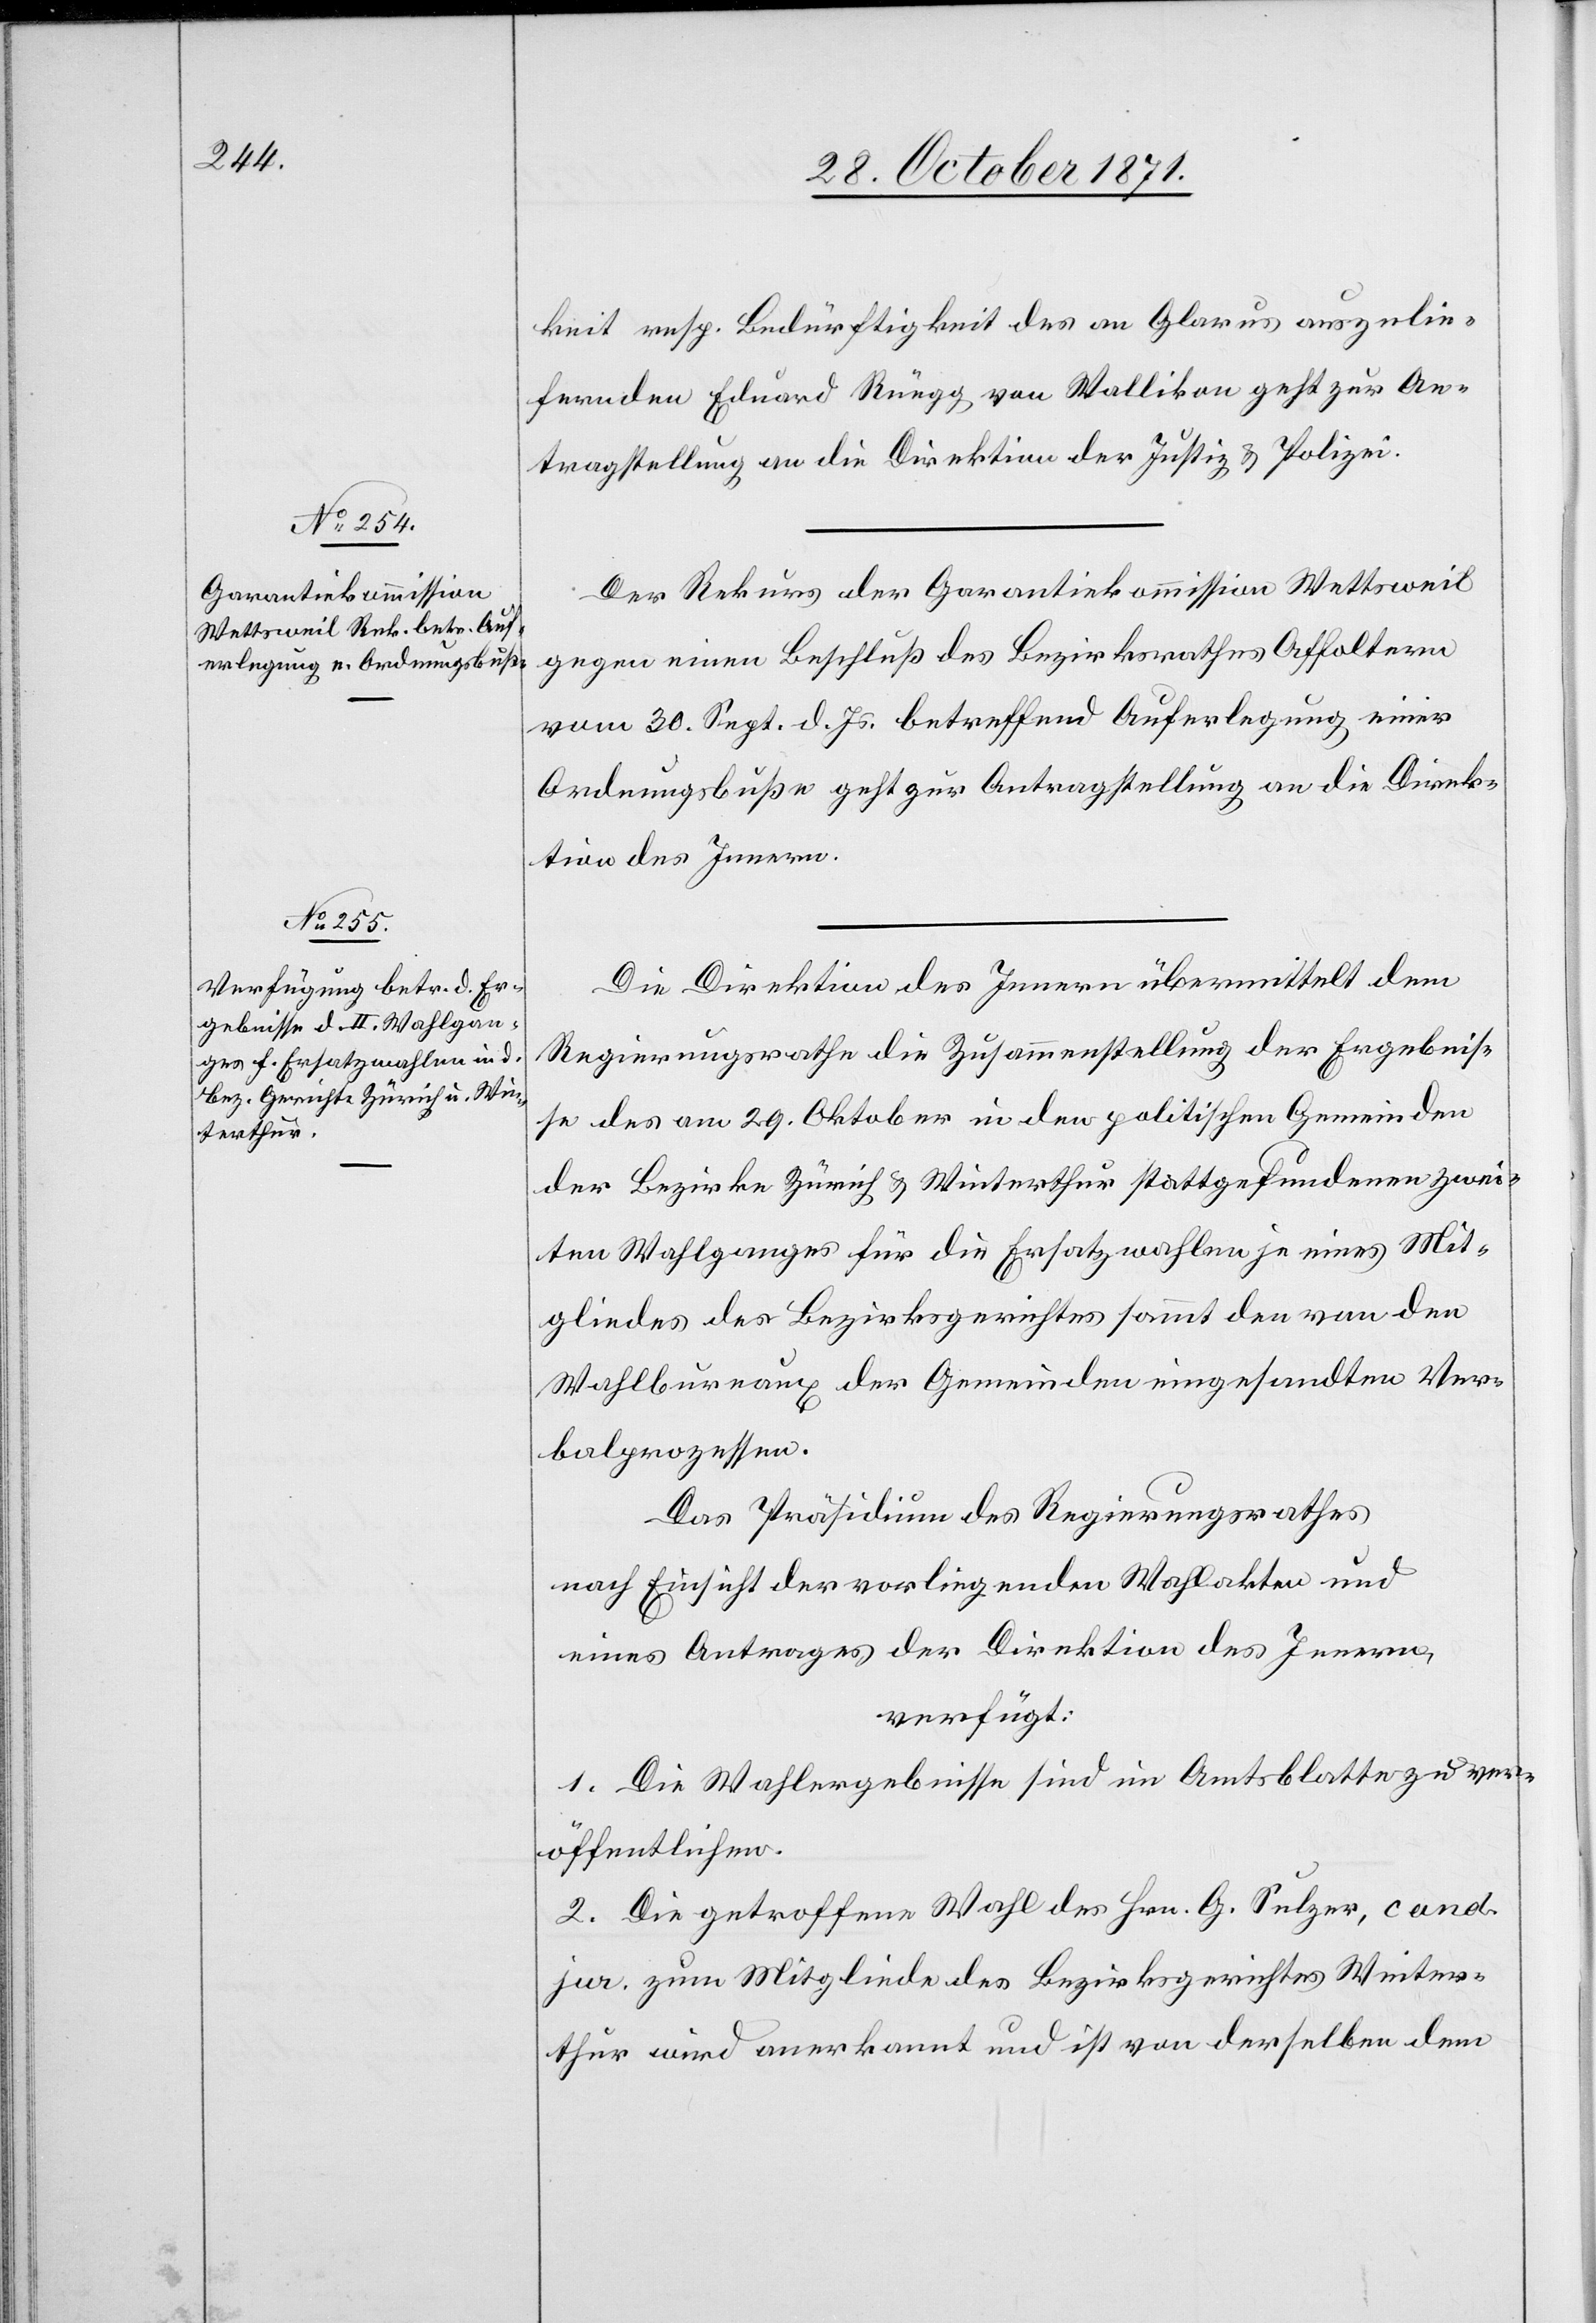
1. November 1871.]
keit resp. Bedürftigkeit des an Glarus auszulie¬
fernden Eduard Rüegg von Wallikon geht zur An¬
tragstellung an die Direktion der Justiz & Polizei.
Der Rekurs der Garantiekommission Wettsweil
gegen einen Beschluß des Bezirksrathes Affoltern
vom 30. Sept. d. Js. betreffend Auferlegung einer
Ordnungsbuße geht zur Antragstellung an die Direk¬
tion des Innern.
Die Direktion des Innern übermittelt dem
Regierungsrathe die Zusammenstellung der Ergebnis¬
se des am 29. Oktober in den politischen Gemeinden
der Bezirke Zürich & Winterthur stattgefundenen zwei¬
ten Wahlganges für die Ersatzwahlen je eines Mit¬
gliedes des Bezirksgerichtes sammt den von den
Wahlbureaux der Gemeinde eingesandten Ver¬
balprozessen.
Das Präsidium des Regierungsrathes
nach Einsicht der vorliegenden Wahlakten und
eines Antrages der Direktion des Innern,
verfügt:
1. Die Wahlergebnisse sind im Amtsblatt zu ver¬
öffentlichen.
2. Die getroffene Wahl des Hrn. G. Sulzer, cand.
jur. zum Mitgliede des Bezirksgerichtes Winter¬
thur wird anerkannt und ist von derselben dem